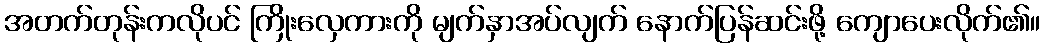
အတက်တုန်းကလိုပင် ကြိုးလှေကားကို မျက်နှာအပ်လျက် နောက်ပြန်ဆင်းဖို့ ကျောပေးလိုက်၏။